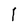
Character: l